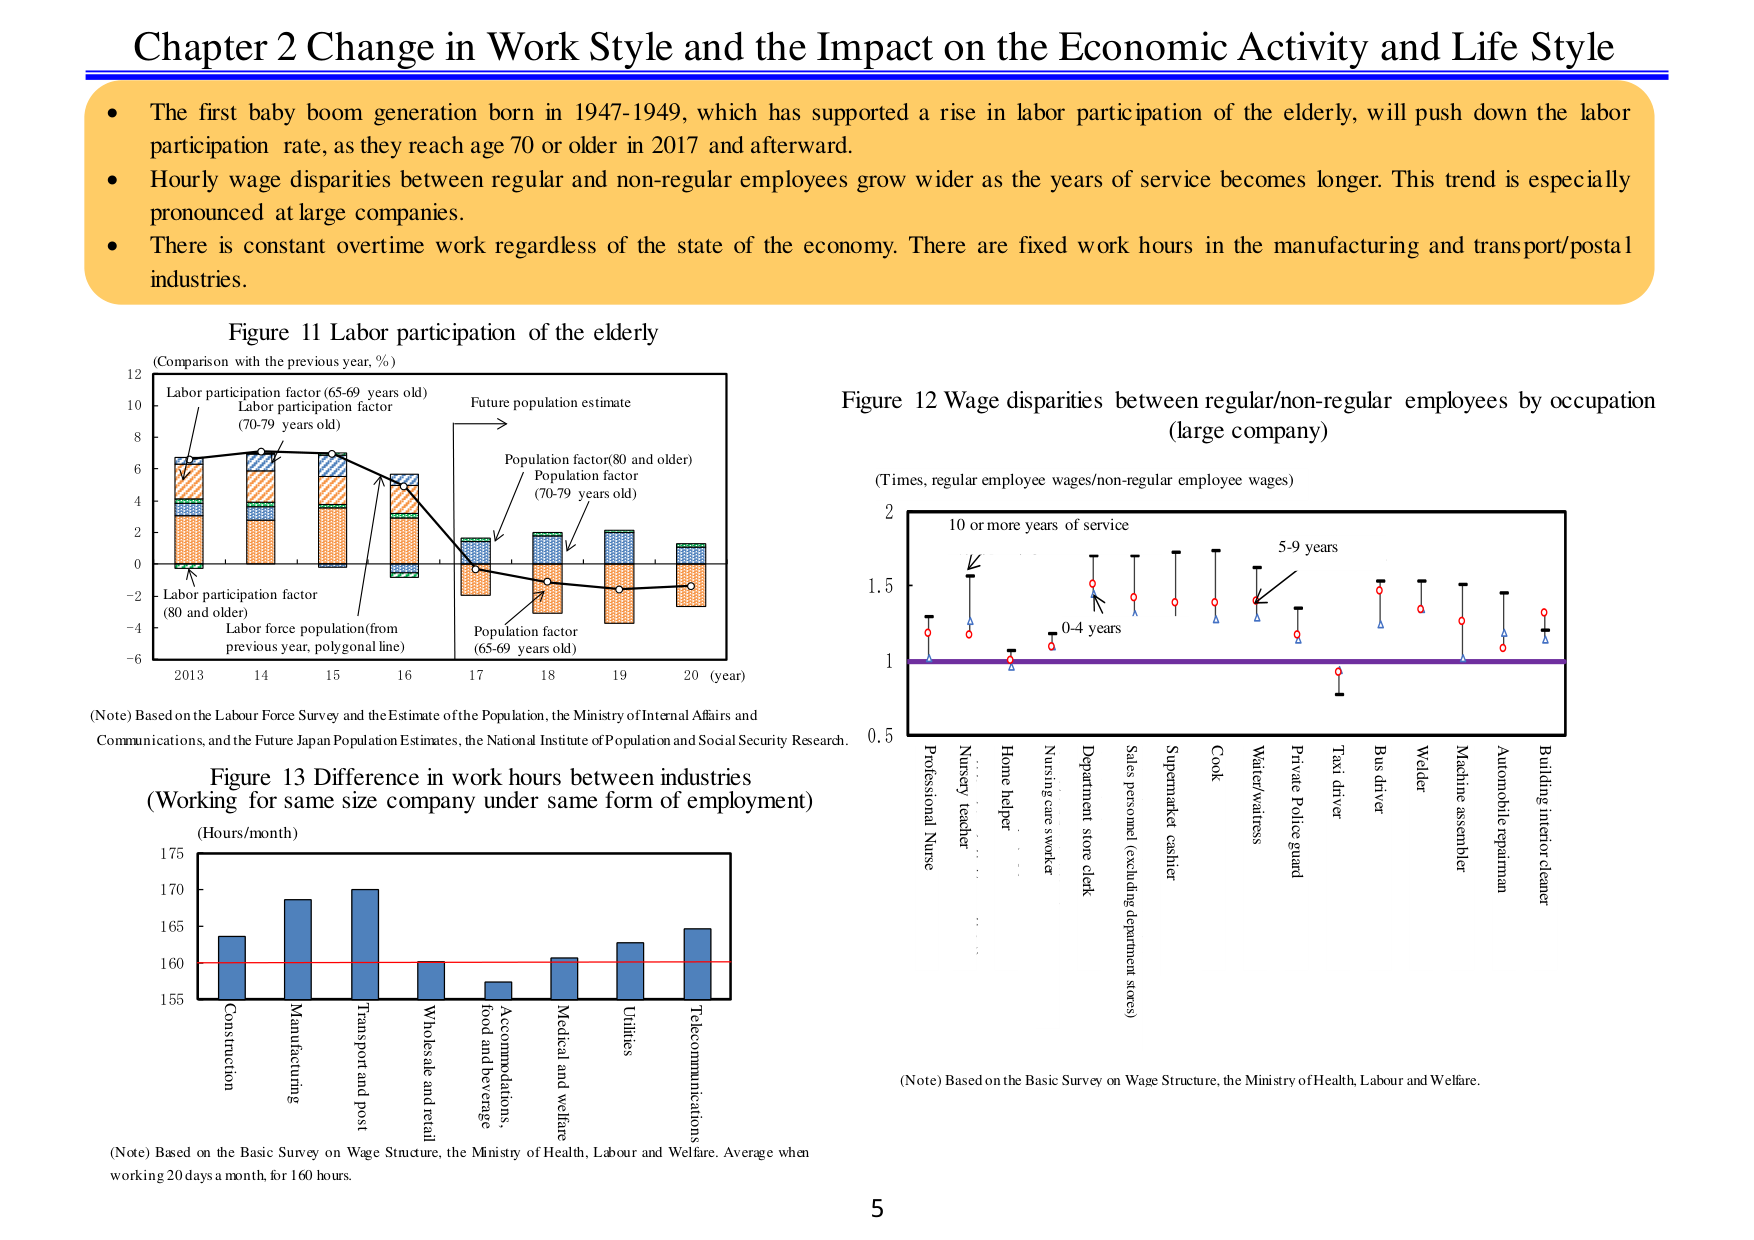
Chapter 2 Change in Work Style and the Impact on the Economic Activity and Life Style

• The first baby boom generation born in 1947-1949, which has supported a rise in labor participation of the elderly, will push down the labor participation rate, as they reach age 70 or older in 2017 and afterward.
• Hourly wage disparities between regular and non-regular employees grow wider as the years of service becomes longer. This trend is especially pronounced at large companies.
• There is constant overtime work regardless of the state of the economy. There are fixed work hours in the manufacturing and transport/postal industries.

Figure 11 Labor participation of the elderly
(Comparison with the previous year, %)
Labor participation factor (65-69 years old)
Labor participation factor (70-79 years old)
Labor participation factor (80 and older)
Labor force population(from previous year, polygonal line)
Future population estimate
Population factor(80 and older)
Population factor (70-79 years old)
Population factor (65-69 years old)
2013 14 15 16 17 18 19 20 (year)
(Note) Based on the Labour Force Survey and the Estimate of the Population, the Ministry of Internal Affairs and Communications, and the Future Japan Population Estimates, the National Institute of Population and Social Security Research.

Figure 12 Wage disparities between regular/non-regular employees by occupation (large company)
(Times, regular employee wages/non-regular employee wages)
10 or more years of service
5-9 years
0-4 years
Professional Nurse
Nursery teacher
Home helper
Nursing care worker
Department store clerk
Sales personnel (excluding department stores)
Supermarket cashier
Cook
Waiter/waitress
Private Police guard
Taxi driver
Bus driver
Welder
Machine assembler
Automobile repairman
Building interior cleaner
(Note) Based on the Basic Survey on Wage Structure, the Ministry of Health, Labour and Welfare.

Figure 13 Difference in work hours between industries (Working for same size company under same form of employment)
(Hours/month)
Construction
Manufacturing
Transport and post
Wholesale and retail
Accommodations, food and beverage
Medical and welfare
Utilities
Telecommunications
(Note) Based on the Basic Survey on Wage Structure, the Ministry of Health, Labour and Welfare. Average when working 20 days a month, for 160 hours.

5